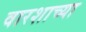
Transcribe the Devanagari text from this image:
वारशाच्‍या